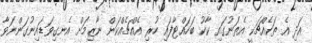
އަދި އެ ތަކެއްޗަކީ އެތަނުގައި ކާކު ބަހައްޓާފައި ހުރި އެއްޗެއްކަން ނާޒިމަށް އެނގިވަޑައިނުގަންނަވާ